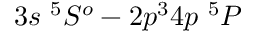
3 s ~ ^ { 5 } S ^ { o } - 2 p ^ { 3 } 4 p ~ ^ { 5 } P